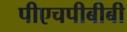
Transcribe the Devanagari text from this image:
पीएचपीबीबी